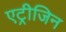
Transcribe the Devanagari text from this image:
एट्रीजिन